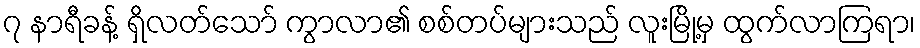
၇ နာရီခန့် ရှိလတ်သော် ကွာလာ၏ စစ်တပ်များသည် လူးမြို့မှ ထွက်လာကြရာ၊